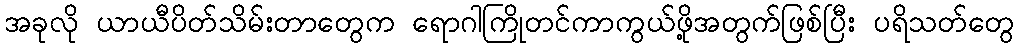
အခုလို ယာယီပိတ်သိမ်းတာတွေက ရောဂါကြိုတင်ကာကွယ်ဖို့အတွက်ဖြစ်ပြီး ပရိသတ်တွေ